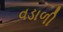
વડાળી